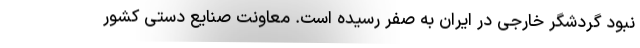
نبود گردشگر خارجی در ایران به صفر رسیده است. معاونت صنایع دستی کشور